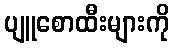
ပျူစောထီးများကို